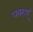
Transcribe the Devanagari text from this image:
घबराएँ